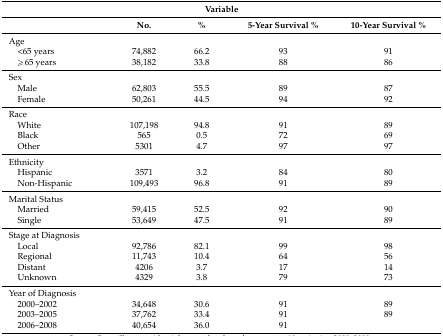
| <COLSPAN=5> Variable |
 |  | No. | % | 5-Year Survival % | 10-Year Survival % |
 | --- | --- | --- | --- | --- |
 | Age |  |  |  |  |
 | <65 years | 74,882 | 66.2 | 93 | 91 |
 | ≥65 years | 38,182 | 33.8 | 88 | 86 |
 | Sex |  |  |  |  |
 | Male | 62,803 | 55.5 | 89 | 87 |
 | Female | 50,261 | 44.5 | 94 | 92 |
 | Race |  |  |  |  |
 | White | 107,198 | 94.8 | 91 | 89 |
 | Black | 565 | 0.5 | 72 | 69 |
 | Other | 5301 | 4.7 | 97 | 97 |
 | Ethnicity |  |  |  |  |
 | Hispanic | 3571 | 3.2 | 84 | 80 |
 | Non-Hispanic | 109,493 | 96.8 | 91 | 89 |
 | Marital Status |  |  |  |  |
 | Married | 59,415 | 52.5 | 92 | 90 |
 | Single | 53,649 | 47.5 | 91 | 89 |
 | Stage at Diagnosis |  |  |  |  |
 | Local | 92,786 | 82.1 | 99 | 98 |
 | Regional | 11,743 | 10.4 | 64 | 56 |
 | Distant | 4206 | 3.7 | 17 | 14 |
 | Unknown | 4329 | 3.8 | 79 | 73 |
 | Year of Diagnosis |  |  |  |  |
 | 2000–2002 | 34,648 | 30.6 | 91 | 89 |
 | 2003–2005 | 37,762 | 33.4 | 91 | 89 |
 | 2006–2008 | 40,654 | 36.0 | 91 |  |